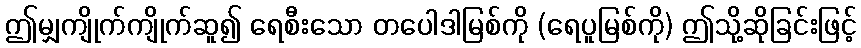
ဤမျှကျိုက်ကျိုက်ဆူ၍ ရေစီးသော တပေါဒါမြစ်ကို (ရေပူမြစ်ကို) ဤသို့ဆိုခြင်းဖြင့်